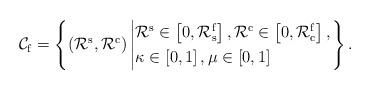
LaTeX: \begin{align*}\mathcal{C}_{\rm{f}}=\left\{\left({\mathcal{R}}^{\rm{s}},{\mathcal{R}}^{\rm{c}}\right)\left|\begin{aligned}&{\mathcal{R}}^{\rm{s}}\in\left[0,\mathcal{R}_{\rm{s}}^{\rm{f}}\right],{\mathcal{R}}^{\rm{c}}\in\left[0,\mathcal{R}_{\rm{c}}^{\rm{f}}\right],\\&\kappa\in\left[0,1\right],\mu\in\left[0,1\right]\end{aligned}\right.\right\}.\end{align*}